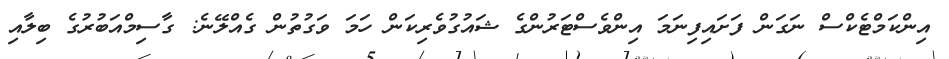
އިންކަމްޓެކްސް ނަގަން ފަށައިފިނަމަ އިންވެސްޓަރުންގެ ޝައުގުވެރިކަން ހަމަ ވަގުތުން ގެއްލޭނެ: ގާސިމްއަބުރުގެ ބިލާއި